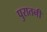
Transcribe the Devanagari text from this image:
पुरातनी